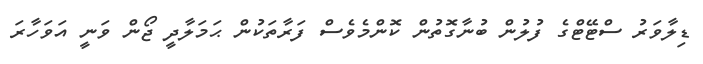
ޑިލާވަރު ސްޓޭޓްގެ ފުލުން ބުނާގޮތުން ކޮންމެވެސް ފަރާތަކުން ޙަމަލާދީ ޖޯން ވަނީ އަވަހާރަ